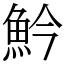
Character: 䰼